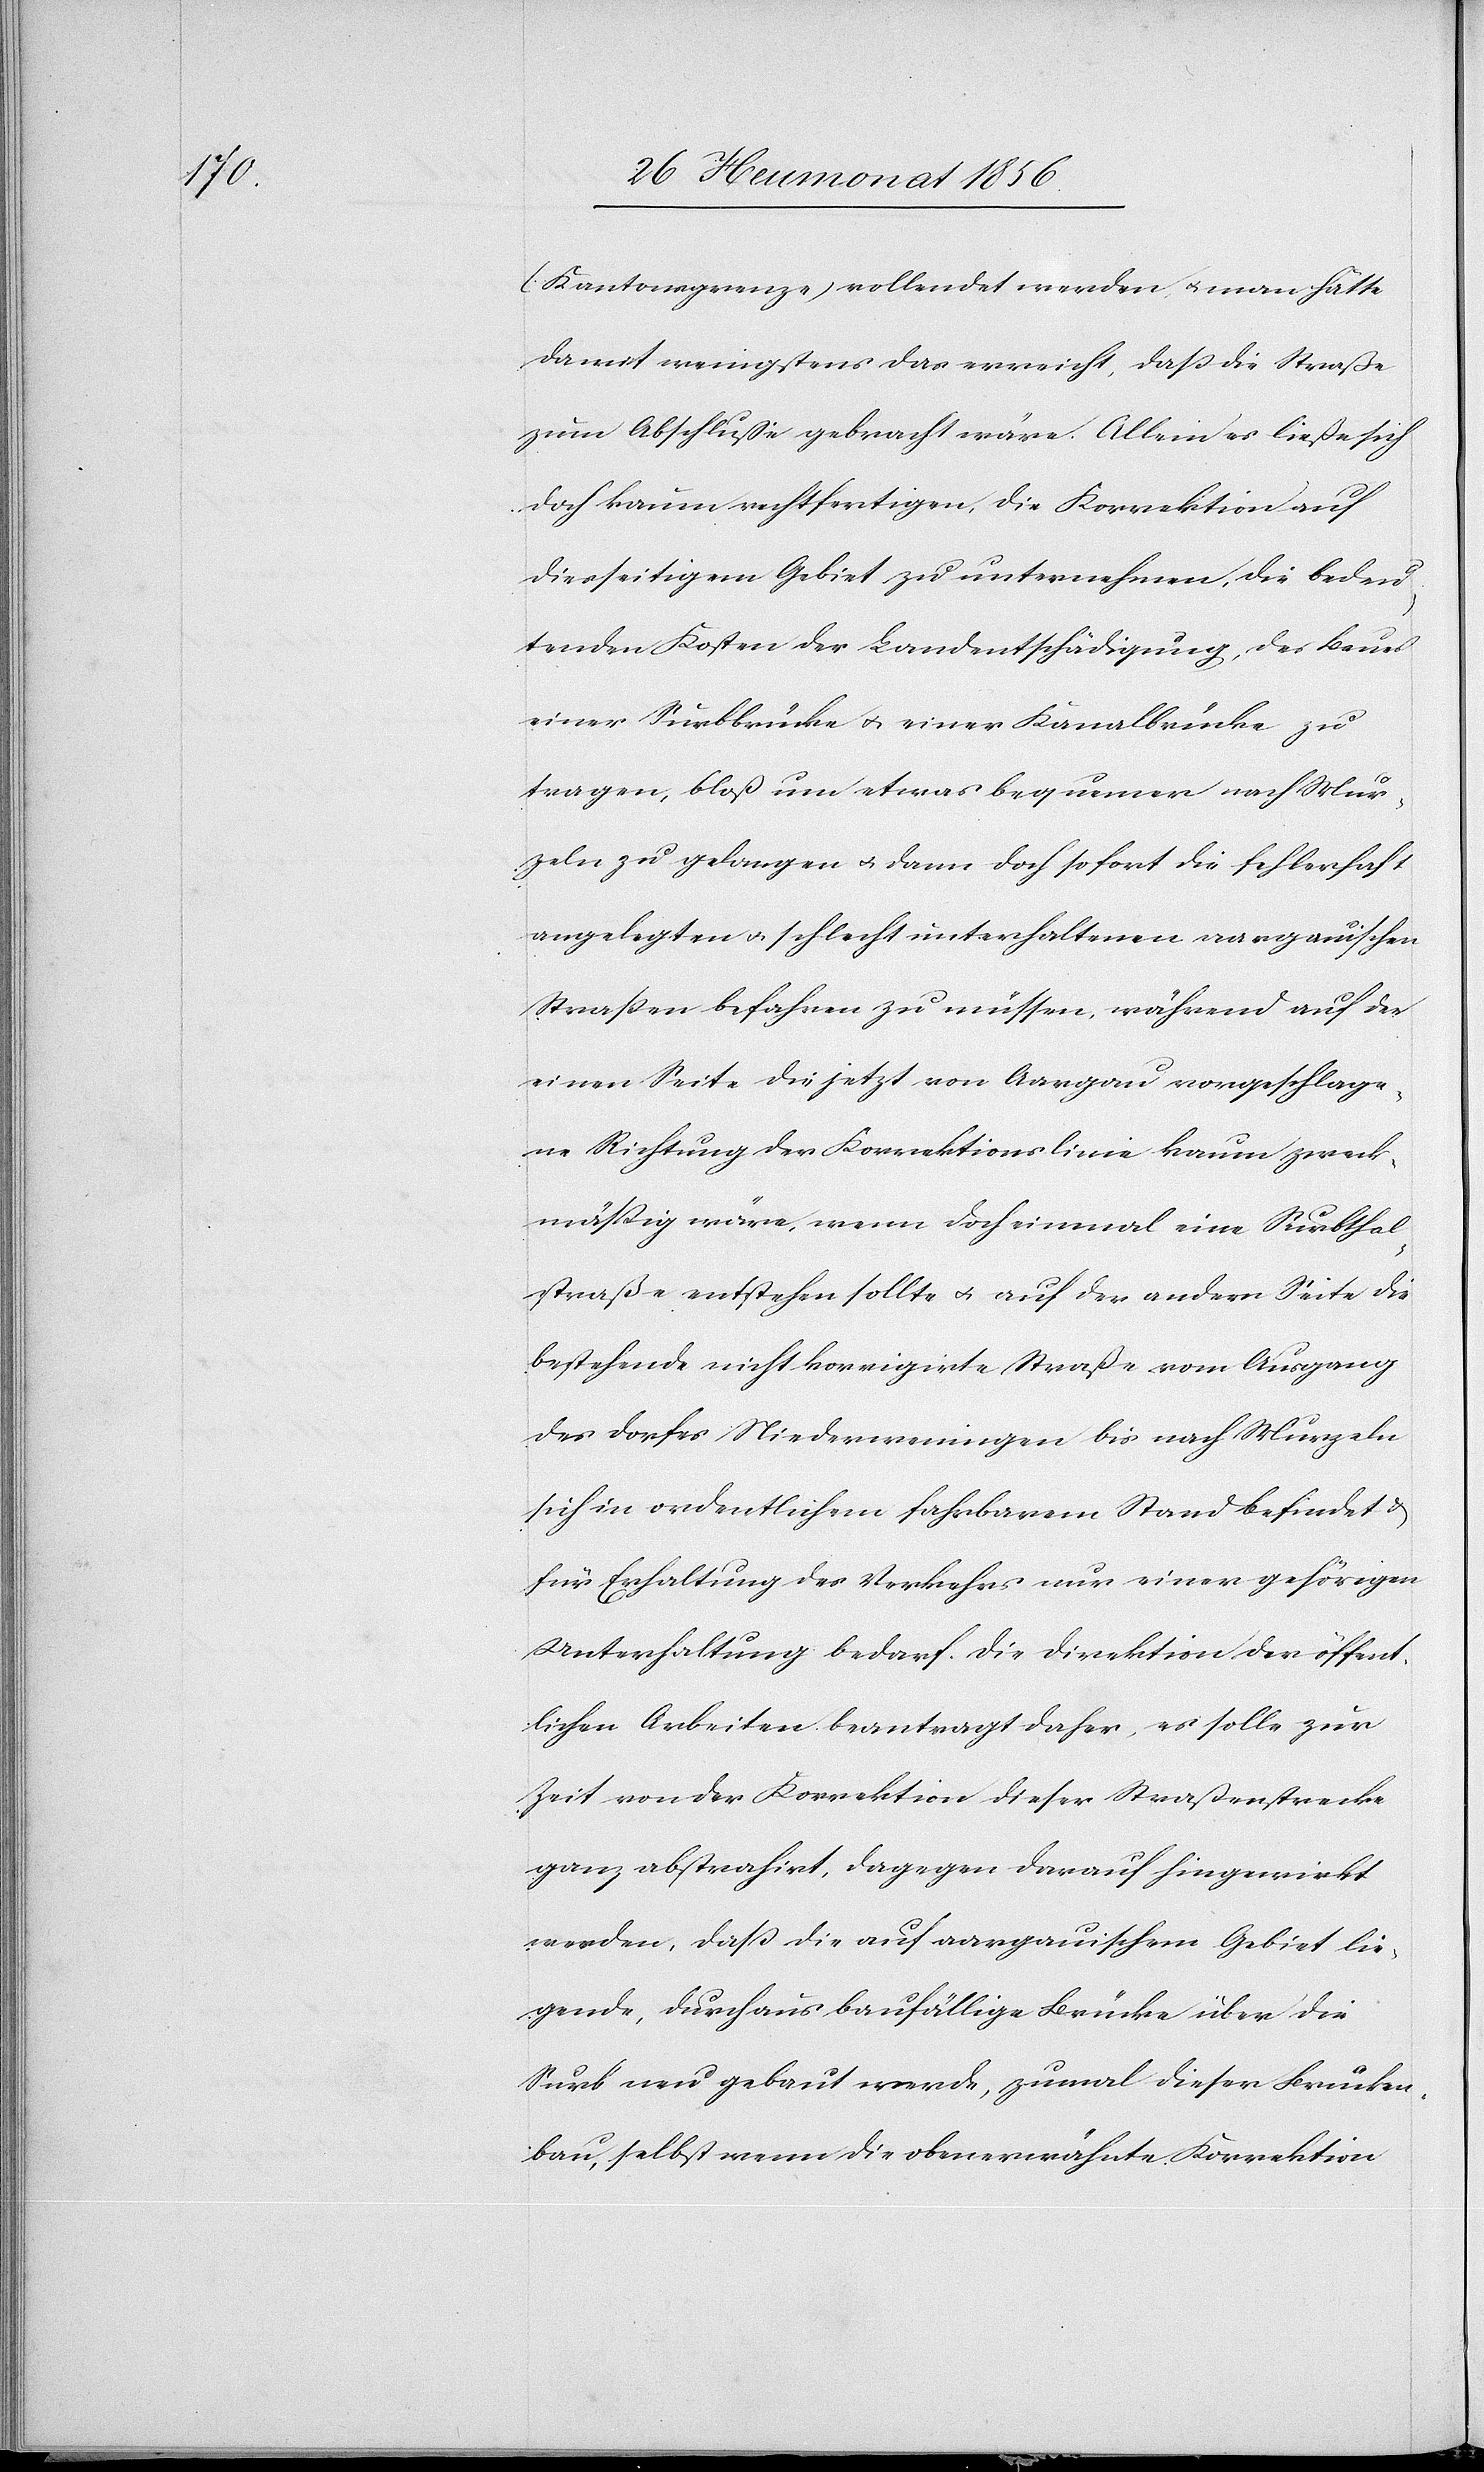
(Kantonsgrenze) vollendet werden u. man hätte
damit wenigstens das erreicht, dass die Straße
zum Abschlusse gebracht wäre. Allein es ließe sich
doch kaum rechtfertigen, die Korrektion auf
diesseitigem Gebiet zu unternehmen, die bedeu¬
tenden Kosten der Landentschädigung, des Baues
einer Surbbrücke u. einer Kanalbrücke zu
tragen, bloß um etwas bequemer nach Mur¬
zeln zu gelangen u. dann doch sofort die fehlerhaft
angelegten u. schlecht unterhaltenen aargauischen
Strassen befahren zu müssen, während auf der
einen Seite die jetzt von Aargau vorgeschlage¬
ne Richtung der Korrektionslinie kaum zweck¬
mässig wäre, wenn doch einmal eine Surbthal¬
straße entstehen sollte u. auf der andern Seite die
bestehende nicht korrigirte Straße vom Ausgang
des Dorfes Niederweningen bis nach Murzeln
sich in ordentlichem fahrbarem Stand befindet &
für Erhaltung des Verkehrs nur einer gehörigen
Unterhaltung bedarf. Die Direktion der öffent¬
lichen Arbeiten beantragt daher, es solle zur
Zeit von der Korrektion dieser Straßenstrecke
ganz abstrahirt, dagegen darauf hingewirkt
werden, dass die auf aargauischem Gebiet lie¬
gende, durchaus baufällige Brücke über die
Surb neu gebaut werde, zumal dieser Brücken¬
bau, selbst wenn die obenerwähnte Korrektion